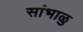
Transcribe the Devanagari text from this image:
सांभाळु